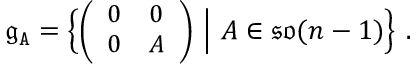
\mathfrak { g } _ { \mathtt { A } } = \Big \{ { \small \bigg ( \begin{array} { l l } { 0 } & { 0 } \\ { 0 } & { A } \end{array} \bigg ) } \normalsize \ \Big | \ A \in \mathfrak { s o } ( n - 1 ) \Big \} \ .